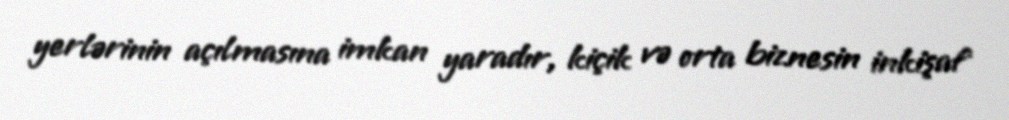
yerlərinin açılmasına imkan yaradır, kiçik və orta biznesin inkişaf